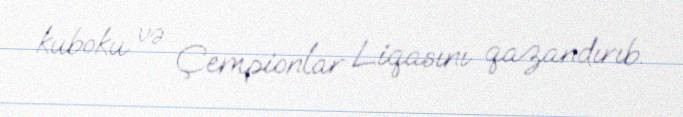
kuboku və Çempionlar Liqasını qazandırıb.